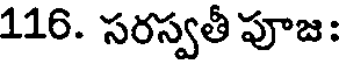
116. సరస్వతీ పూజ: